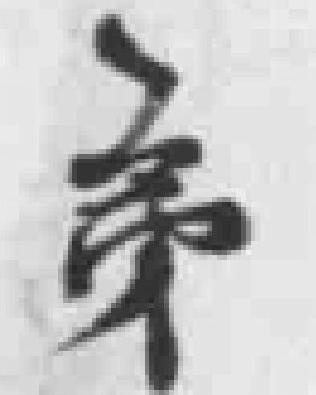
弟